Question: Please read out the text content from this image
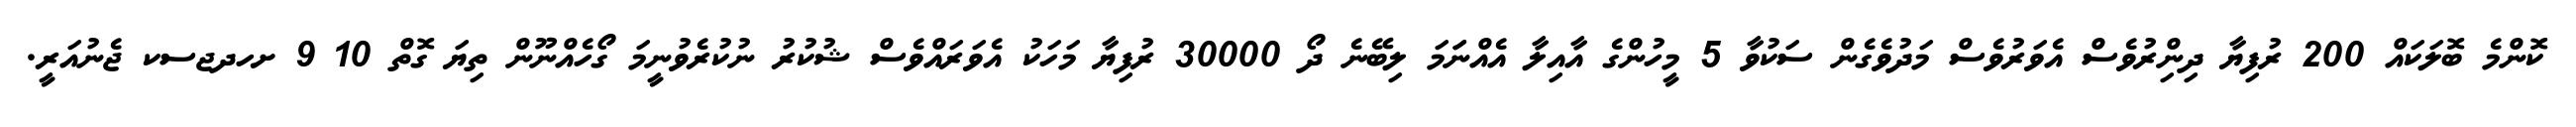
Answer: ކޮންމެ ބޮލަކައް 200 ރުފިޔާ ދިންިރުވެސް އެވަރުވެސް މަދުވެގެން ސަކުވާ 5 މީހުންގެ އާއިލާ އެއްނަަމަ ލިބޭނެ ދޯ 30000 ރުފިޔާ މަހަކު އެވަރައްވެސް ޝުކުރު ނުކުރެވުނީމަ ގޯހެއްނޫން ތިޔަ ގޮތް 10 9 ށހދޖސކ ޖެނުއަރީ.